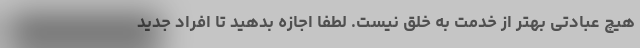
هیچ عبادتی بهتر از خدمت به خلق نیست. لطفا اجازه بدهید تا افراد جدید